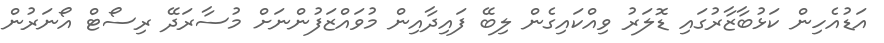
އަޑުއެހިން ކަޅުބާޒާރުގައި ޑޮލަރު ވިއްކައިގެން ލިބޭ ފައިދާއިން މުވައްޒަފުންނަށް މުސާރަދޭ ރިސޯޓް އޯނަރުން